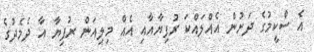
އެ ސްކީމުގެ ދަށުން އެއްލައްކަ ރުފިޔާއާއި އެއް މިލިއަން ރުފިޔާ އާ ދެމެދުގެ